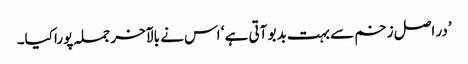
’در اصل زخم سے بہت بدبو آتی ہے ‘ اس نے بالآخر جملہ پورا کیا۔